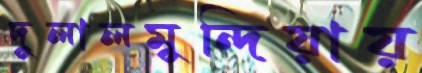
দুলালমুন্দিয়ায়